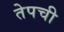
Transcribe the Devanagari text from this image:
तेपची